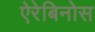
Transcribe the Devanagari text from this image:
ऐरेबिनोस